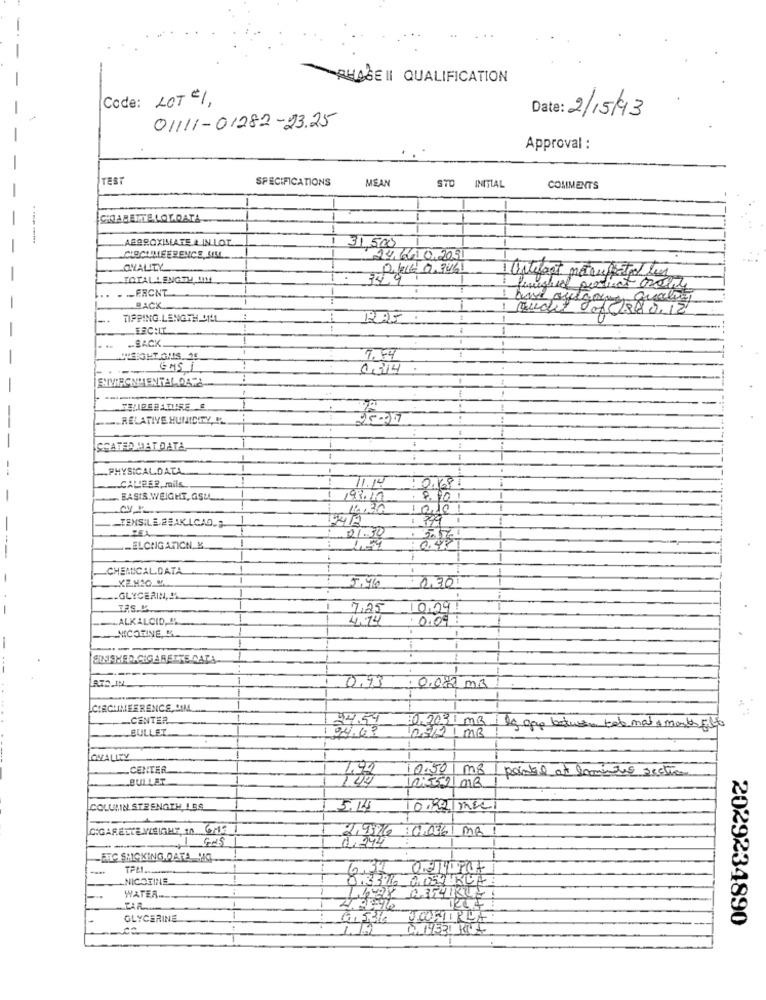
-PHASE II QUALIFICATION
Code: LOT "1,
Date: 2/15/93
01111-01282-23.25
Approval :
TEST
SPECIFICATIONS
MEAN
INITIAL
COMMENTS
COABETTE LOLDATA
ABOROXIMLATE & IN LOT.
31.500
CIRCUMFERENCE, SILL
14.66.0.203
OVALITY
TOTAL LENGTH IHM
34.9
FRCNT
-
fuglees portuct oro y
BACK
audit do(1880.12
-+
TIPPING. LENGTE SILL
-SACK
WEIGHT GHIS DE
ENSI
0014
ENVIRONMENTAL DATA
FELIPERATURE
RELATIVE HUMIDITY, IL
25-27
SEATED MAT DATA
PHYSICALDALL
CALIPER, mils.
1.14
: 0.168
BASIS.WEIGHT, GSUL
98.10
.8.901
1.30
10101
1 999
TENSILE BBAK.LCAD.2.
21.30
-ELCNGATICN. Y.
CHEMICAL.DATA
5.46
0,30
GLYCERIN, IL
7,25
10.29
ALKALOID, "
4.74
0.04
NICOTINE, &
SIISHED.CIGARETTE CATA
0.73: 0.082 MB
CIRCUMFERENCE, SIML
CENTER
$4.54
BULLET
1.203 MB | lg gap betwen tele mat & master files
94.63
08/21 MB
OVALITY
CENTER
PT
0.50
m8
BULLET
paintil at laminto section
05521 MB
COLUMN STRENGTH 1.58
5.14
0,92 mx
CIGARETTE WEIGHT In 6/19 1
2,93/6
: 0.036 MR
-
.I GAS
1. 344
ETC STICKING DATA HO
NICOTINE
0.337 OOK RUA
03541KUZ1
WATER ....
GLYCERINE
2029234890